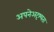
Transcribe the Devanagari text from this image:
अपनेअदृश्यता